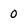
Character: 0